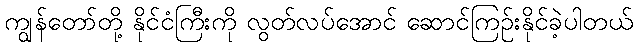
ကျွန်တော်တို့ နိုင်ငံကြီးကို လွတ်လပ်အောင် ဆောင်ကြဉ်းနိုင်ခဲ့ပါတယ်